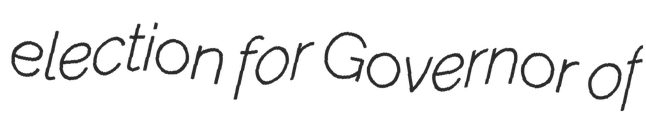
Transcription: election for Governor of